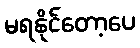
မရနိုင်တော့ပေ